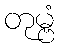
တုမ္ဗံ